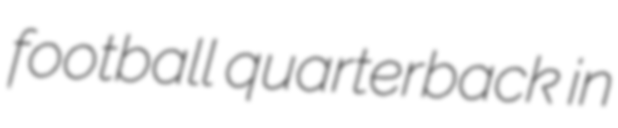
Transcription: football quarterback in